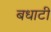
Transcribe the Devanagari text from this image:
बधाटी